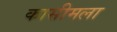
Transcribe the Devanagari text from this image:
कासीमला